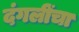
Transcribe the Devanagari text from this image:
दंगलींचा